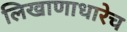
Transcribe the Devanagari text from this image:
लिखाणाधारेच